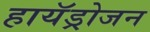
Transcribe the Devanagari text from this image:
हायॅड्रोजन